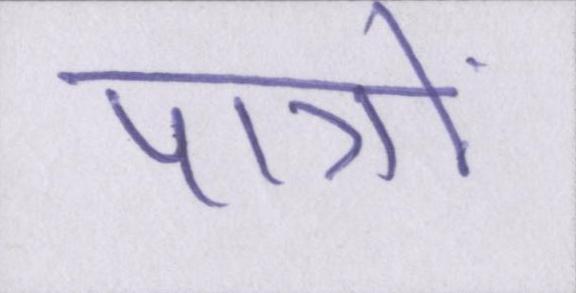
पात्रों